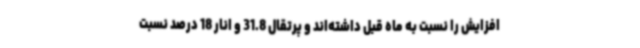
افزایش را نسبت به ماه قبل داشته‌اند و پرتقال 31.8 و انار 18 درصد نسبت